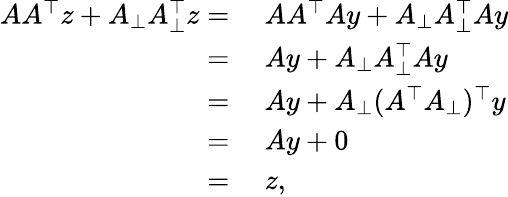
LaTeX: \begin{array}{rl}{AA^{\top}z+A_{\perp}A_{\perp}^{\top}z=}&{~AA^{\top}Ay+A_{\perp}A_{\perp}^{\top}Ay}\\ {=}&{~Ay+A_{\perp}A_{\perp}^{\top}Ay}\\ {=}&{~Ay+A_{\perp}(A^{\top}A_{\perp})^{\top}y}\\ {=}&{~Ay+0}\\ {=}&{~z,}\end{array}